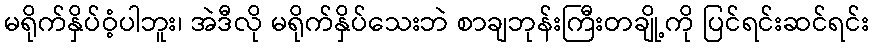
မရိုက်နှိပ်ဝံ့ပါဘူး၊ အဲဒီလို မရိုက်နှိပ်သေးဘဲ စာချဘုန်းကြီးတချို့ကို ပြင်ရင်းဆင်ရင်း